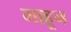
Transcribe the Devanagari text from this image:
माहून